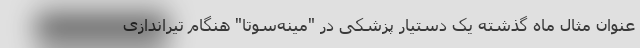
عنوان مثال ماه گذشته یک دستیار پزشکی در "مینه‌سوتا" هنگام تیراندازی